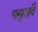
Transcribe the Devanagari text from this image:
पगुरावै